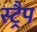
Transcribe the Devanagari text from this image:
स्ट्रैप